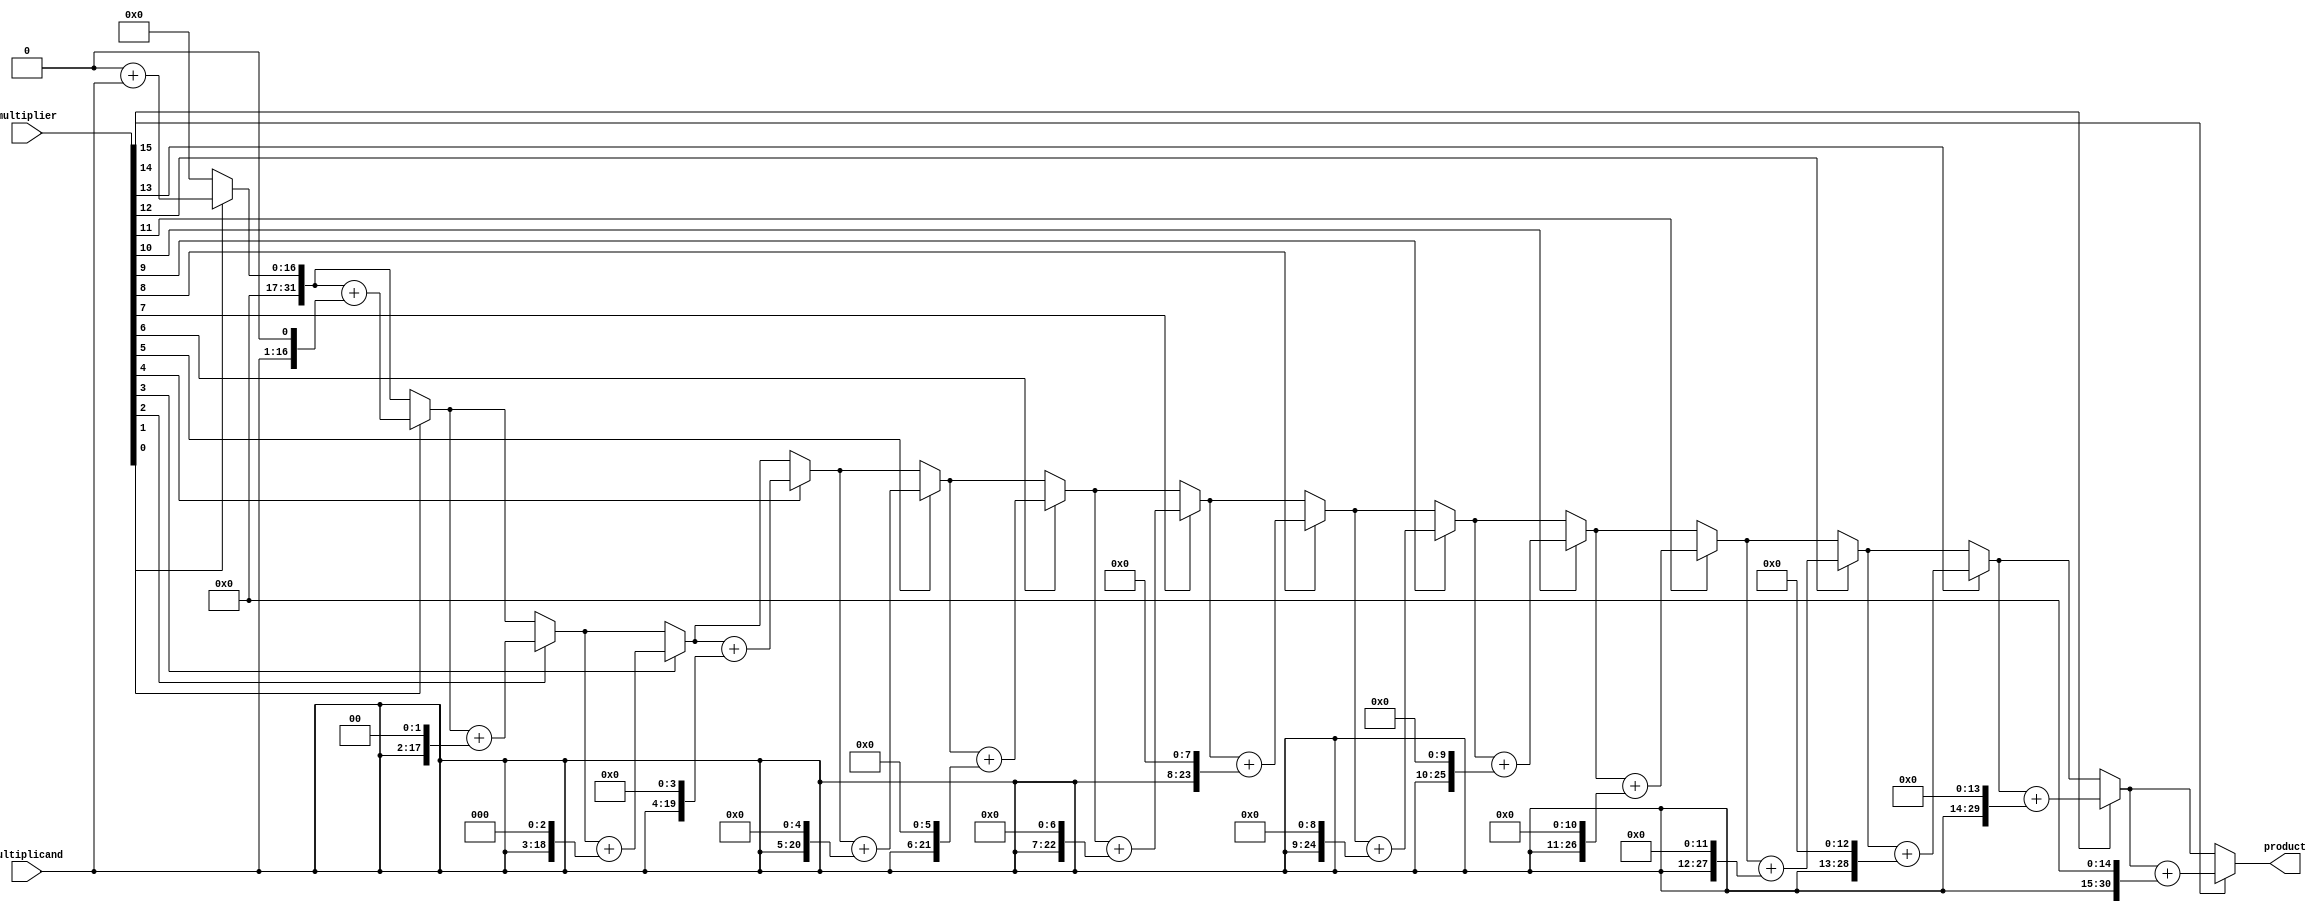
module mult(product,multiplier,multiplicand); 
   input [15:0] multiplier, multiplicand;	
   output [31:0] product;
//internal
   reg [31:0] product;

   integer       i;

   always @( multiplier or multiplicand )
//out <= a * b;
     begin
        
        product = 0;//set out to 0
            
        for(i=0; i<16; i=i+1)
          if( multiplier[i] == 1'b1 )//for every bit
		product = product + ( multiplicand << i );//shift
  
     end
     
endmodule